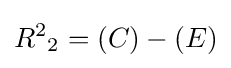
{R^{2}}_{2}=(C)-(E)